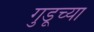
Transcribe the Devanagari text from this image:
गुडूच्या